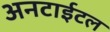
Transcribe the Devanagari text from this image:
अनटाईटल